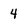
Character: 4